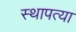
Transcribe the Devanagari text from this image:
स्थापत्या